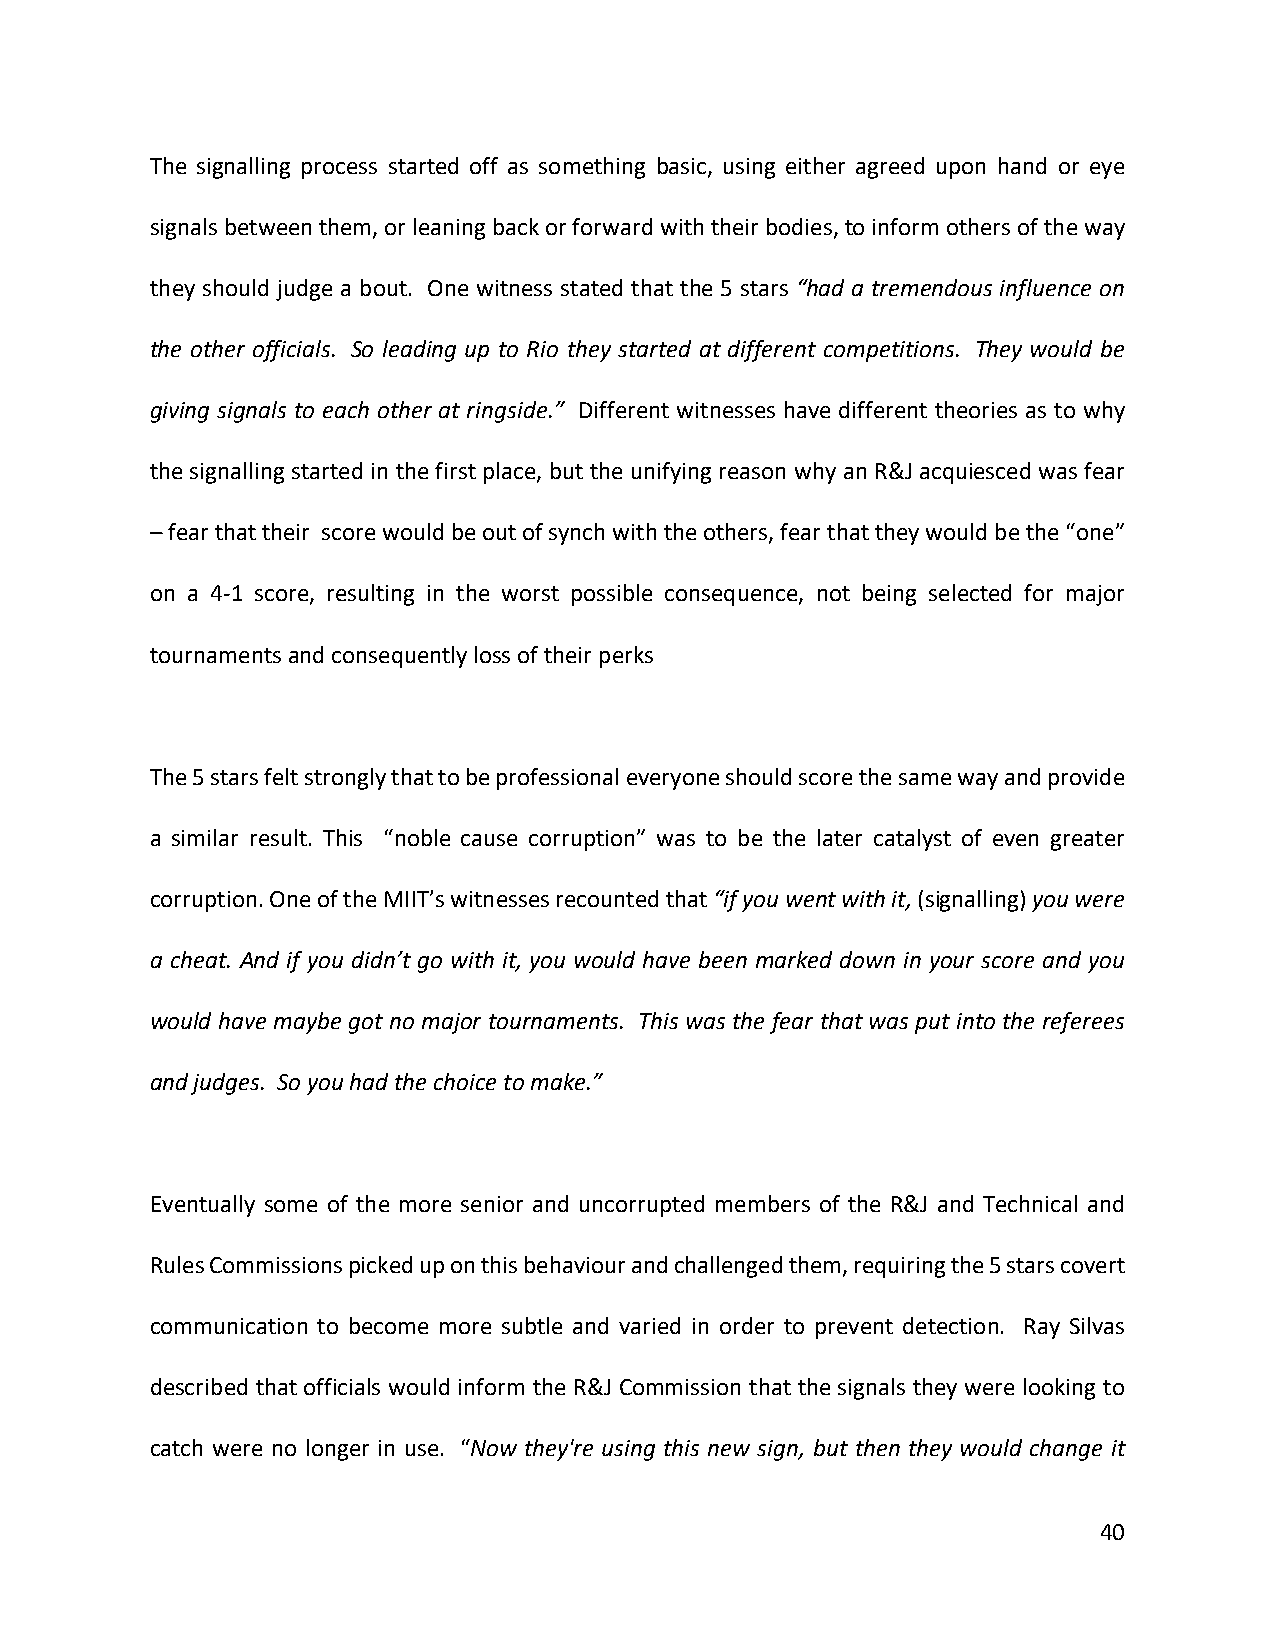
The signalling process started off as something basic, using either agreed upon hand or eye
 signals between them, or leaning back or forward with their bodies, to inform others of the way
 they should judge a bout. One witness stated that the 5 stars “had a tremendous influence on
 the other officials. So leading up to Rio they started at different competitions. They would be
 giving signals to each other at ringside.” Different witnesses have different theories as to why
 the signalling started in the first place, but the unifying reason why an R&J acquiesced was fear
 – fear that their score would be out of synch with the others, fear that they would be the “one”
 on a 4-1 score, resulting in the worst possible consequence, not being selected for major
 tournaments and consequently loss of their perks
 The 5 stars felt strongly that to be professional everyone should score the same way and provide
 a similar result. This “noble cause corruption” was to be the later catalyst of even greater
 corruption. One of the MIIT’s witnesses recounted that “if you went with it, (signalling) you were
 a cheat. And if you didn’t go with it, you would have been marked down in your score and you
 would have maybe got no major tournaments. This was the fear that was put into the referees
 and judges. So you had the choice to make.”
 Eventually some of the more senior and uncorrupted members of the R&J and Technical and
 Rules Commissions picked up on this behaviour and challenged them, requiring the 5 stars covert
 communication to become more subtle and varied in order to prevent detection. Ray Silvas
 described that officials would inform the R&J Commission that the signals they were looking to
 catch were no longer in use. “Now they're using this new sign, but then they would change it
 40